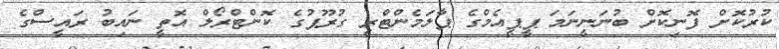
ކުރުކޮށް ފޮނިކޮށް ބުނަނީނަމަ ޕީޕީއެމްގެ ޕާލަމެންޓްރީ ގުރޫޕުގެ ކޮންޓްރޯލް އޮތީ ނައިބު ރައީސްގެ